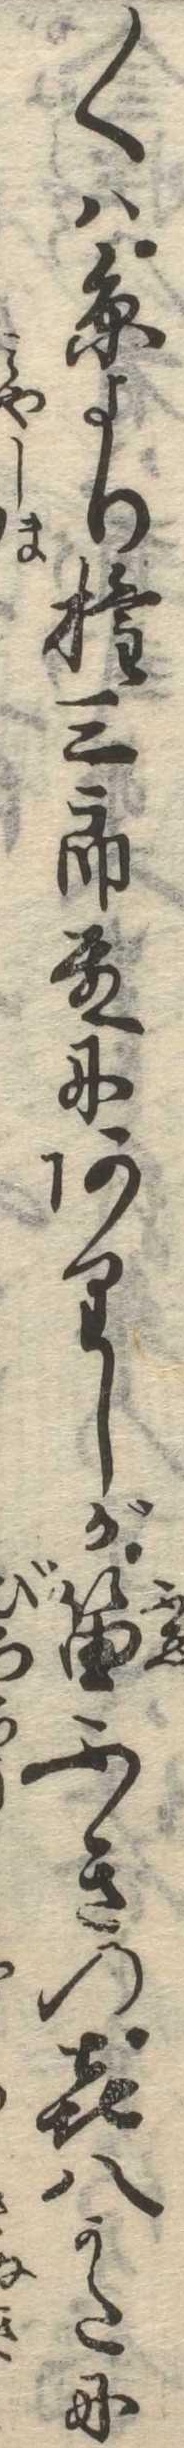
〱は糸より権三郎殿にありしが笛ふきの喜八かたに